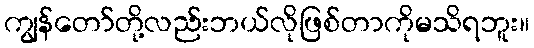
ကျွန်တော်တို့လည်းဘယ်လိုဖြစ်တာကိုမသိရဘူး။